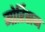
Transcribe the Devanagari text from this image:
मोर्रिसन